Civil Veterinary Department Bihar & Orissa reports 1922-29 - 1922-1929
Year: 1922
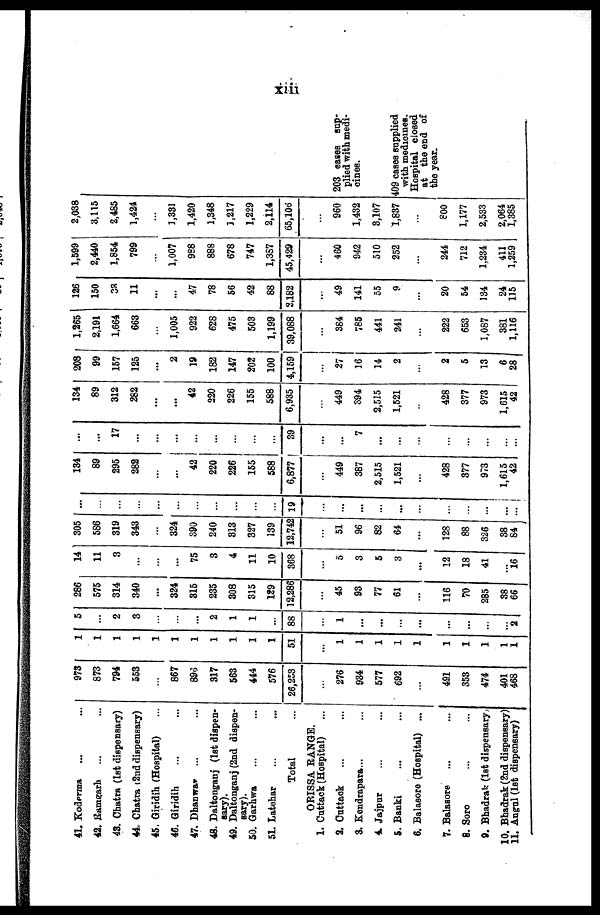
XII
41. Koderma
42. Ramgarh
48. Chatra (1st dispensary)
44. Chatra (2nd dispensary)
45. Giridih (Hospital)
46. Giridih
47. Dhanwa*
48. Daltonganj (1st dispen-
sary).
49. Daltonganj (2nd dispen-
sary).
50. Garhwa
51. Latehar
Total
ORISSA RANGE.
1. Cuttack (Hospital)
2. Cuttack
8. Kendrapara...
4. Jajpur
5. Banki
6. Balasore (Hospital) ...
7. Balasore
8. Soro
9. Bhadrak (1st dispensary,
10.Bhadrak (2nd dispensary)
11.Angul (1st dispensary)
973
873
794
553
...
867
896
317
563
444
576
26,253
...
276
934
577
692
...
491
353
474
401
468
1
1
1
1
1
1
1
1
1
1
1
51
...
1
1
1
1
1
1
1
1
1
1
5
...
2
3
...
...
...
2
1
1
...
88
...
1
...
...
...
...
...
...
...
... 2
286
575
314
340
...
324
315
235
308
315
129
12,286
...
45
93
77
61
...
116
70
285
38
66
14
11
3
...
...
...
75
3
4
11
10
368
...
5
3
5
3
...
12
18
41
...
16
305
586
319
343
...
324
390
240
313
327
139
12,742
...
51
96
82
64
...
128
88
326
38
84
...
...
...
...
...
...
...
...
...
...
...
19
...
...
...
...
...
...
...
...
...
...
...
134
89
295
282
...
...
42
220
226
155
588
6,877
...
449
387
2,515
1,521
...
428
377
973
1,615
42
...
...
17
...
...
...
...
...
...
...
...
39
...
...
7
...
...
...
...
...
...
...
...
134
89
312
282
...
...
42
220
226
155
588
6,935
...
449
394
2,515
1,521
...
428
377
973
1,615
42
208
99
157
125
...
2
19
182
147
202
100
4,159
...
27
16
14
2
...
2
5
13
6
28
1,265
2,191
1,664
663
...
1,005
922
628
475
503
1,199
39,088
...
384
785
441
241
...
222
653
1,087
381
1,116
126
150
38
11
...
...
47
78
56
42
88
3,182
...
49
141
55
9
...
20
54
134
24
115
1,599
2,440
1,854
799
...
1,007
998
888
678
747
1,337
45,429
...
460
942
510
252
...
244
712
1.234
411
...
2,038
3,115
2,485
1,424
...
1,331
1,420
1,348
3,217
1,229
2,114
65,106
...
960
1,432
3,107
1,837
...
800
1,177
2,533
2,064
1,385
203 eases sup-
plied with medi-
oines.
409 cases supplie
with mediomes.
Hospital closed at the end
of the year.